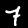
Digit: 7